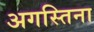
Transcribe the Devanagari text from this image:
अगस्तिना